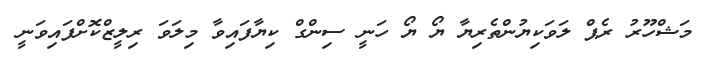
މަޝްހޫރު ރެޕް ލަވަކިޔުންތެރިޔާ ޔޯ ޔޯ ހަނީ ސިންގް ކިޔާފައިވާ މިލަވަ ރިލީޒްކޮށްފައިވަނީ